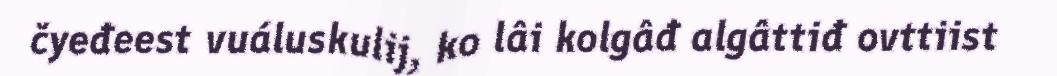
čyeđeest vuáluskulij, ko lâi kolgâđ algâttiđ ovttiist